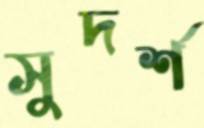
সুদর্শ